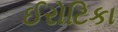
ઈરોટિકા